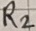
Text: R2